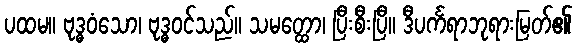
ပထမ။ ဗုဒ္ဓဝံသော၊ ဗုဒ္ဓဝင်သည်။ သမတ္ထော၊ ပြီးစီးပြီ။ ဒီပင်္ကရာဘုရားမြတ်၏